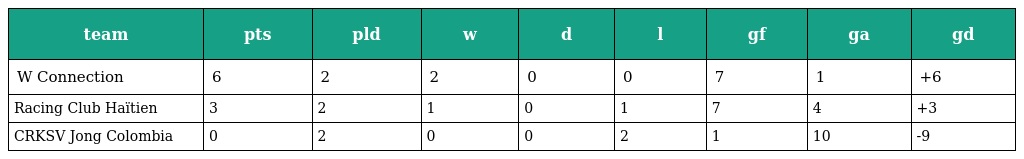
| team | pts | pld | w | d | l | gf | ga | gd |
 | --- | --- | --- | --- | --- | --- | --- | --- | --- |
 | W Connection | 6 | 2 | 2 | 0 | 0 | 7 | 1 | +6 |
 | Racing Club Haïtien | 3 | 2 | 1 | 0 | 1 | 7 | 4 | +3 |
 | CRKSV Jong Colombia | 0 | 2 | 0 | 0 | 2 | 1 | 10 | -9 |